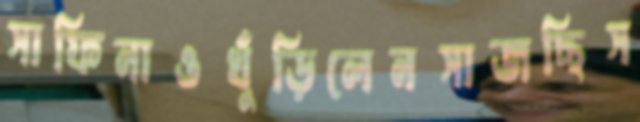
সাফিনাওখুঁড়িলেনসাজছিস